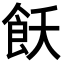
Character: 飫